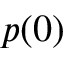
p ( 0 )